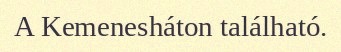
A Kemenesháton található.